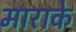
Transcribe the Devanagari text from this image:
माराके